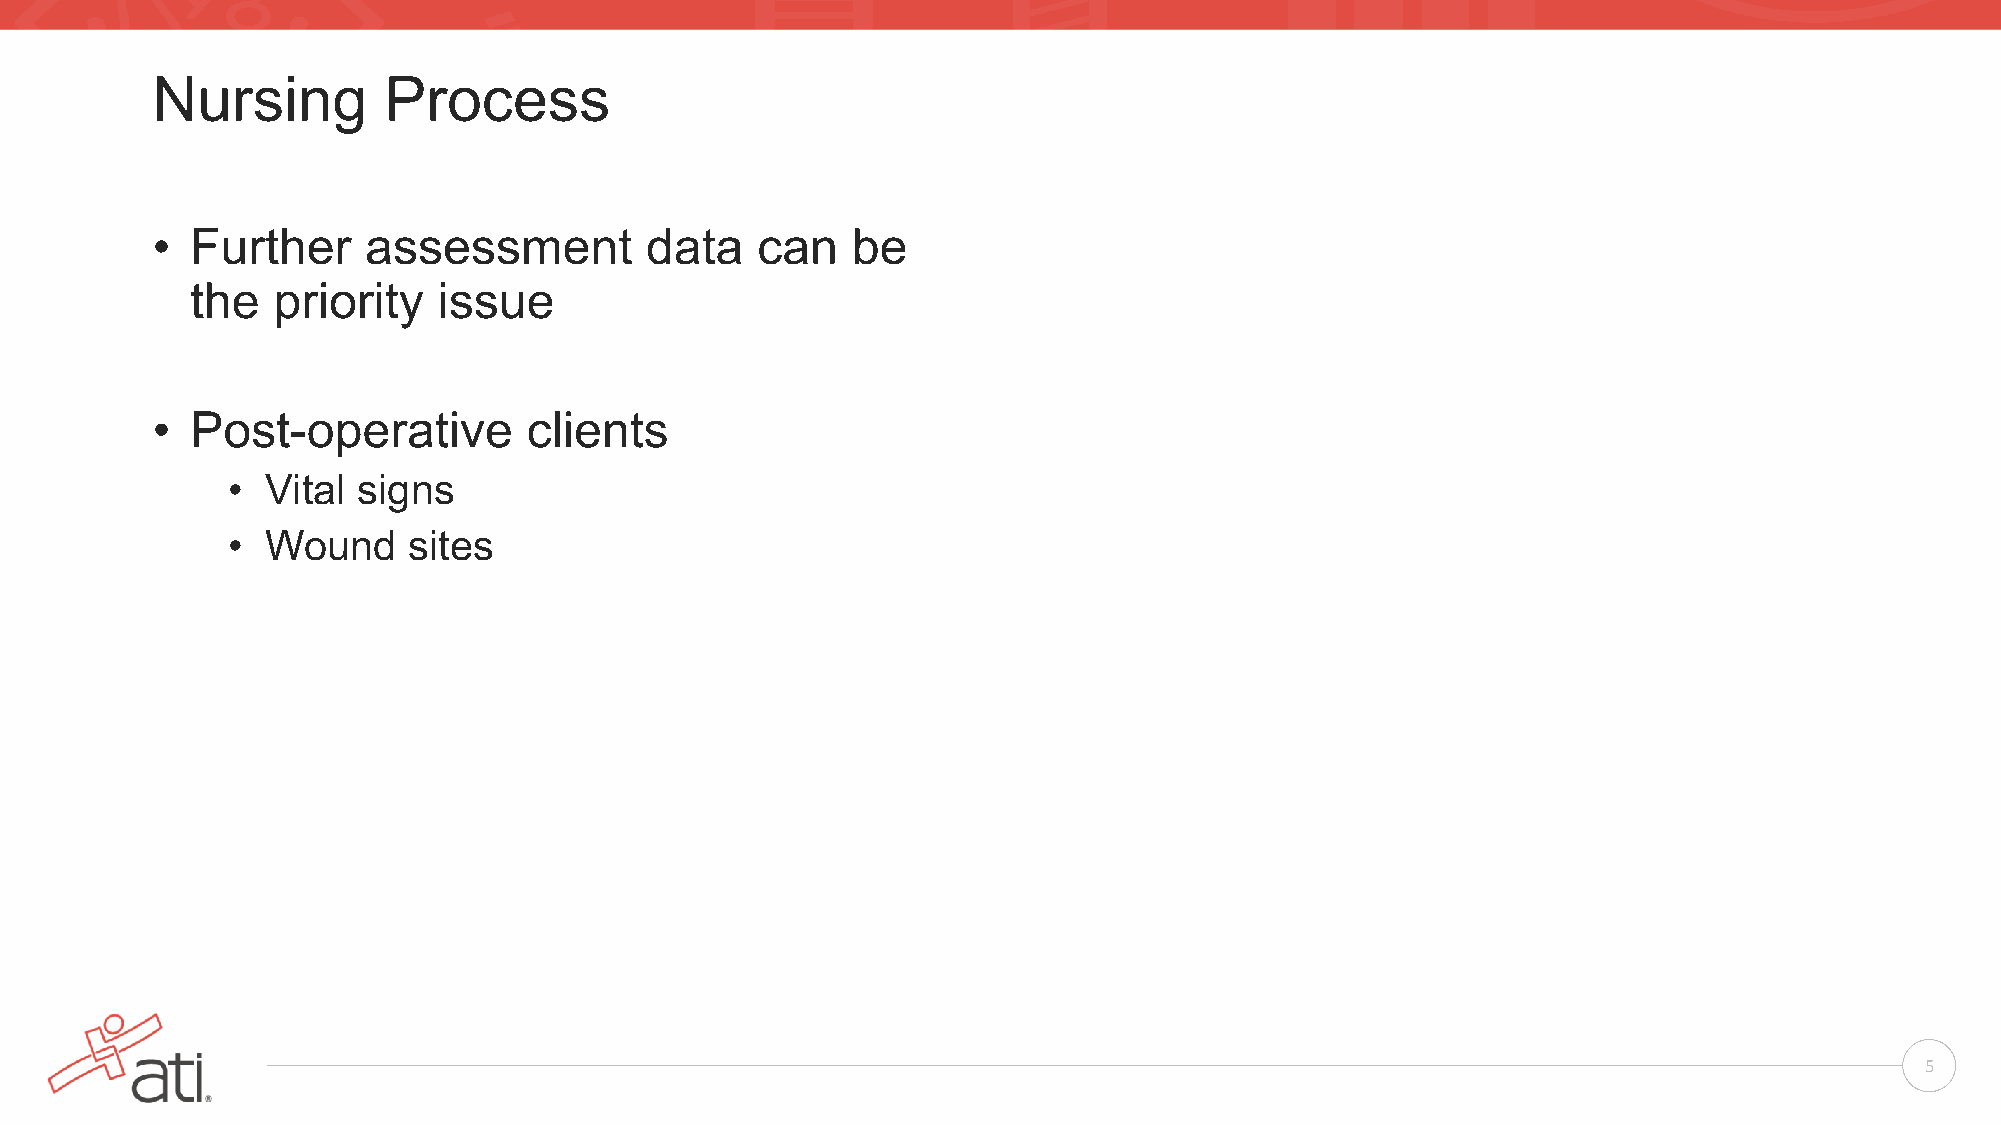
Nursing        Process
 •  Further    assessment         data   can   be
 the  priority   issue
 •  Post-operative        clients
 •  Vital signs
 •  Wound    sites
 5